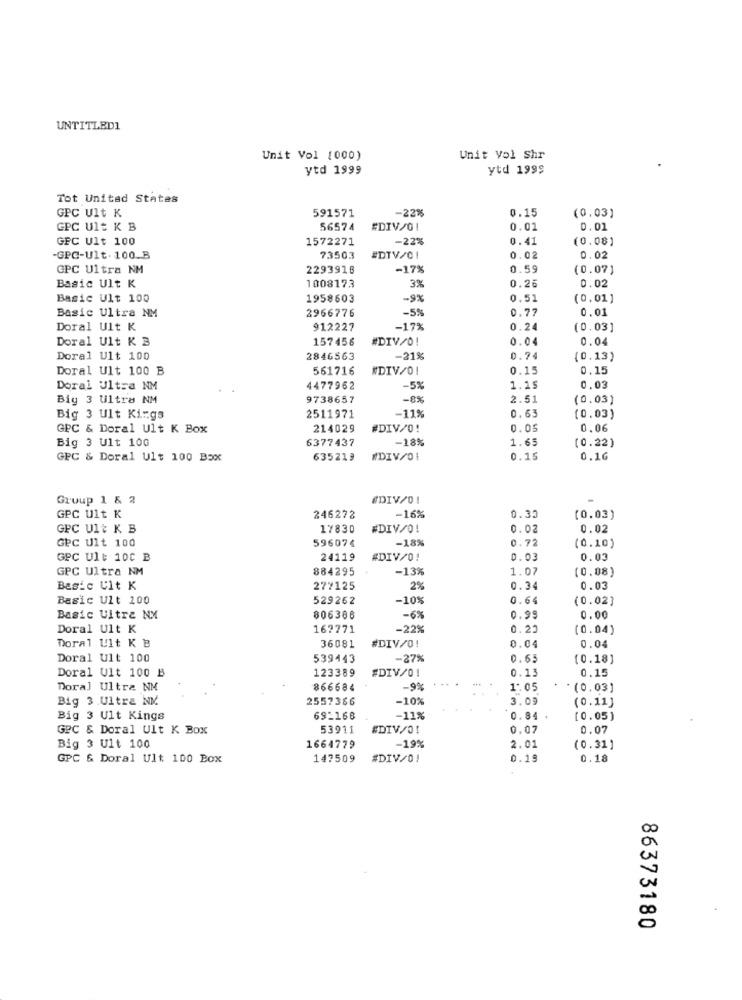
UNTITLED1
Unit Vol [000)
Unit Vol Shr
ytd 1999
ytd 1999
Tot United States
GPC Ult K
591571
-22%
0.15
(0,03)
GPC Ult K B
56574
#DIV/01
0.01
0.01
GPC Ult 100
1572271
-22%
0.41
(0.08)
-GPC-Ult. 100_B
73503
#DTV/01
0.02
0.02
CPC Ultra NM
2293918
-17%
0.59
(0.07]
Basic Ult K
1008173
3%
0.26
0.02
Basic Ult 100
1958603
-9%
0.51
(0.01]
Basic Ultra NM
-5%
0.77
0.01
2966776
Doral Ult K
912227
-17%
0.24
(0.03]
Doral Ult K 3
157458
#DIV/0!
0.04
0.04
Doral Ult 100
2846563
-21%
0.74
(0.13)
Doral Ult 100 B
561716
#DIV/01
0.15
0,15
Doral Ultra NM
4477962
-5%
1.15
0.03
Big 3 Ultra NM
9738657
-8%
2.51
(0.03)
-11%
0.63
Big 3 Ult Kings
2511971
(0.03)
GPC & Doral Ult K Box
214029
#DIV/0!
0.05
0.06
Big 3 Ult 100
6377437
-18%
1.65
(0.22)
GPC & Doral Ult 100 Box
635219
#DIV/01
0.15
0.16
Group 1 & 2
#DIV/01
GPC Ult K
246272
-16%
0.33
(0.03)
GPC Ult K B
17830
#DIV/0!
0.02
0.02
GPC Ult 100
596074
-18%
0.72
(0.10)
GPC Ult: 10C B
24119
#DIV/0!
0.03
0.03
GPC Ultra NM
884295
-13%
1.07
(0.08)
Basic Ult K
277125
2%
0.34
0.03
Basic Ult 100
529262
-10%
0.64
(0.02]
Basic Uitra NX
806386
-6%
0.99
0.00
Doral Ult K
167771
-22%
0.25
(0.04)
0.04
Doral Ult K B
36081
#DIV/0!
0.04
Doral Ult 100
539443
-27%
0.65
(0.18]
Doral Ult 100 B
0.13
0.15
123389
#DIV/0!
Doral Ultra NM
866684
-9%
1.05
(0.03)
Big 3.Ultra NM
2557366
-10%
3.09
(0.11]
Big 3 Ult Kings
692168
-11%
0.84
[0.05]
GPC & Doral Ult K Box
53911
#DIV/0!
0.07
0.07
Big 3 Ult 100
-19%
1664779
2.01
(0.31]
GPC & Doral Ult 100 Box
147509
#DIV/01
0.19
0.18
86373180